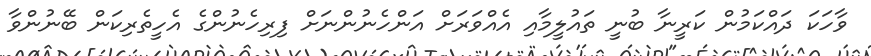
ވާހަކަ ދައްކަމުން ކަރީނާ ބުނީ ތައުލީމާއި އެއްވަރަށް އަންހެނުންނަށް ފިރިހެނުންގެ އެހީތެރިކަން ބޭނުންވާ